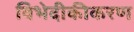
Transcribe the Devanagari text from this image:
विभेदीकीकरण